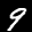
Label: 9